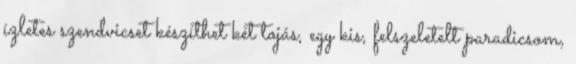
ízletes szendvicset készíthet két tojás, egy kis, felszeletelt paradicsom,